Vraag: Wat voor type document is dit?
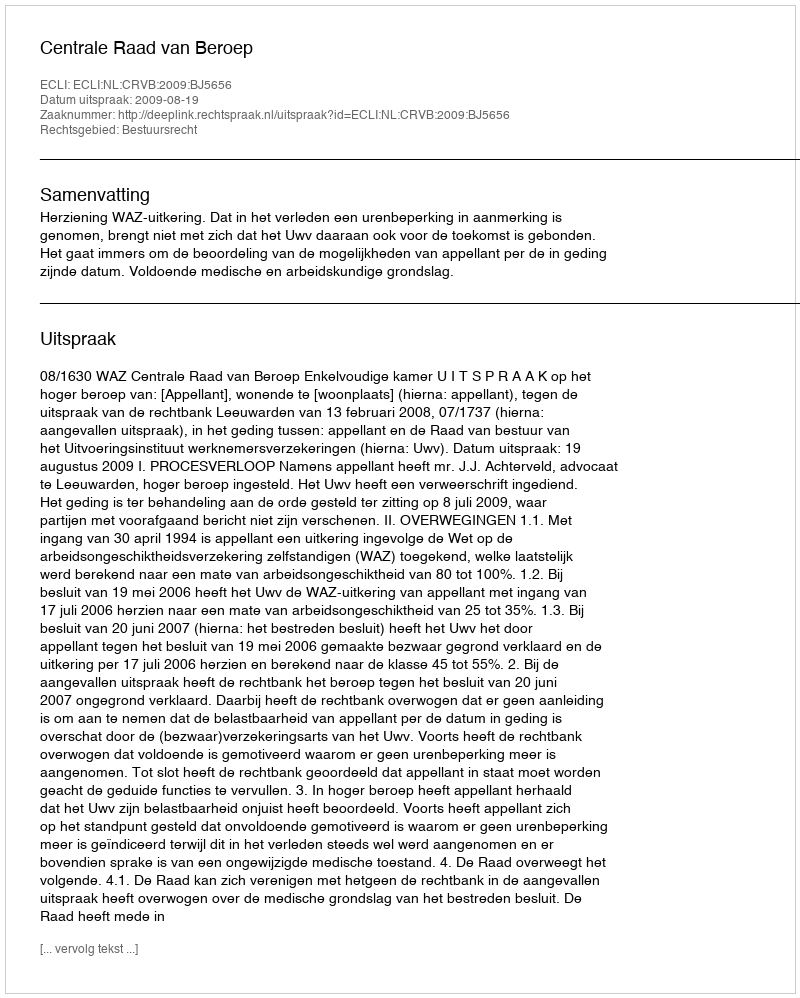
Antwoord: Uitspraak